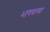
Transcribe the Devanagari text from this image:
भागवल्या